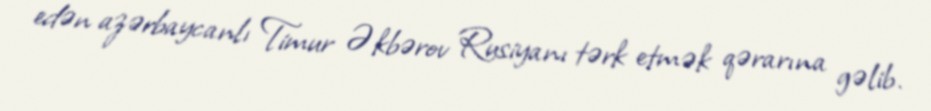
edən azərbaycanlı Timur Əkbərov Rusiyanı tərk etmək qərarına gəlib.